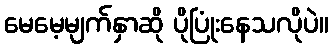
မေမေ့မျက်နှာဆို ပိုပြုံးနေသလိုပဲ။